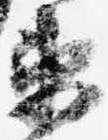
衛